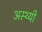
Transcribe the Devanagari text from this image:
अस्थ्यी